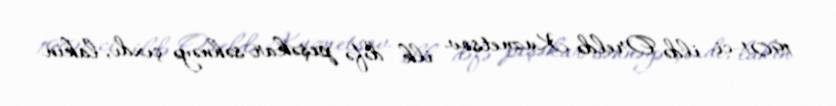
1901-ci ildə Oreldə Kuznetsov ilk dəfə peşəkar səhnəyə çıxdı, lakin